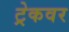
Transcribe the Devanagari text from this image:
ट्रेकवर